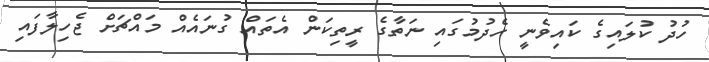
ހުދު ކުލައިގެ ކައިވެނީ ހެދުމުގައި ނަތާގެ ރީތިކަން އެތައް ގުނައެއް މައްޗަށް ޖެހިލާފައި